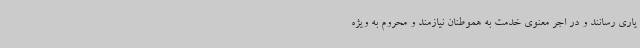
یاری رسانند و در اجر معنوی خدمت به هموطنان نیازمند و محروم به ویژه